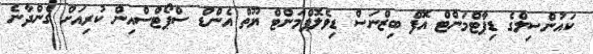
ކައުންސިލްގެ ޑިޕާޓްމަންޓް އޮފް ބިޒްނަސް ޑިވެލޮޕްމަންޓް ޔޫތް އެންޑް ސްޕޯޓްސްއިން ކުރިއަށް ގެންދާނެ